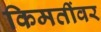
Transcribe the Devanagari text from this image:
किमतींवर